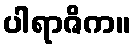
ပါရာဇိက။